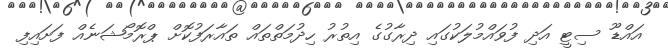
އައްޑޫ ސިޓީ އަދި ފުވައްމުލަކުގައި ދިރާގުގެ އިތުރު ހިދުމަތްތައް ތައާރަފުކޮށް ޕްރޮމޯޝަނެއް ފަށައިފި